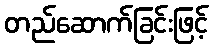
တည်ဆောက်ခြင်းဖြင့်